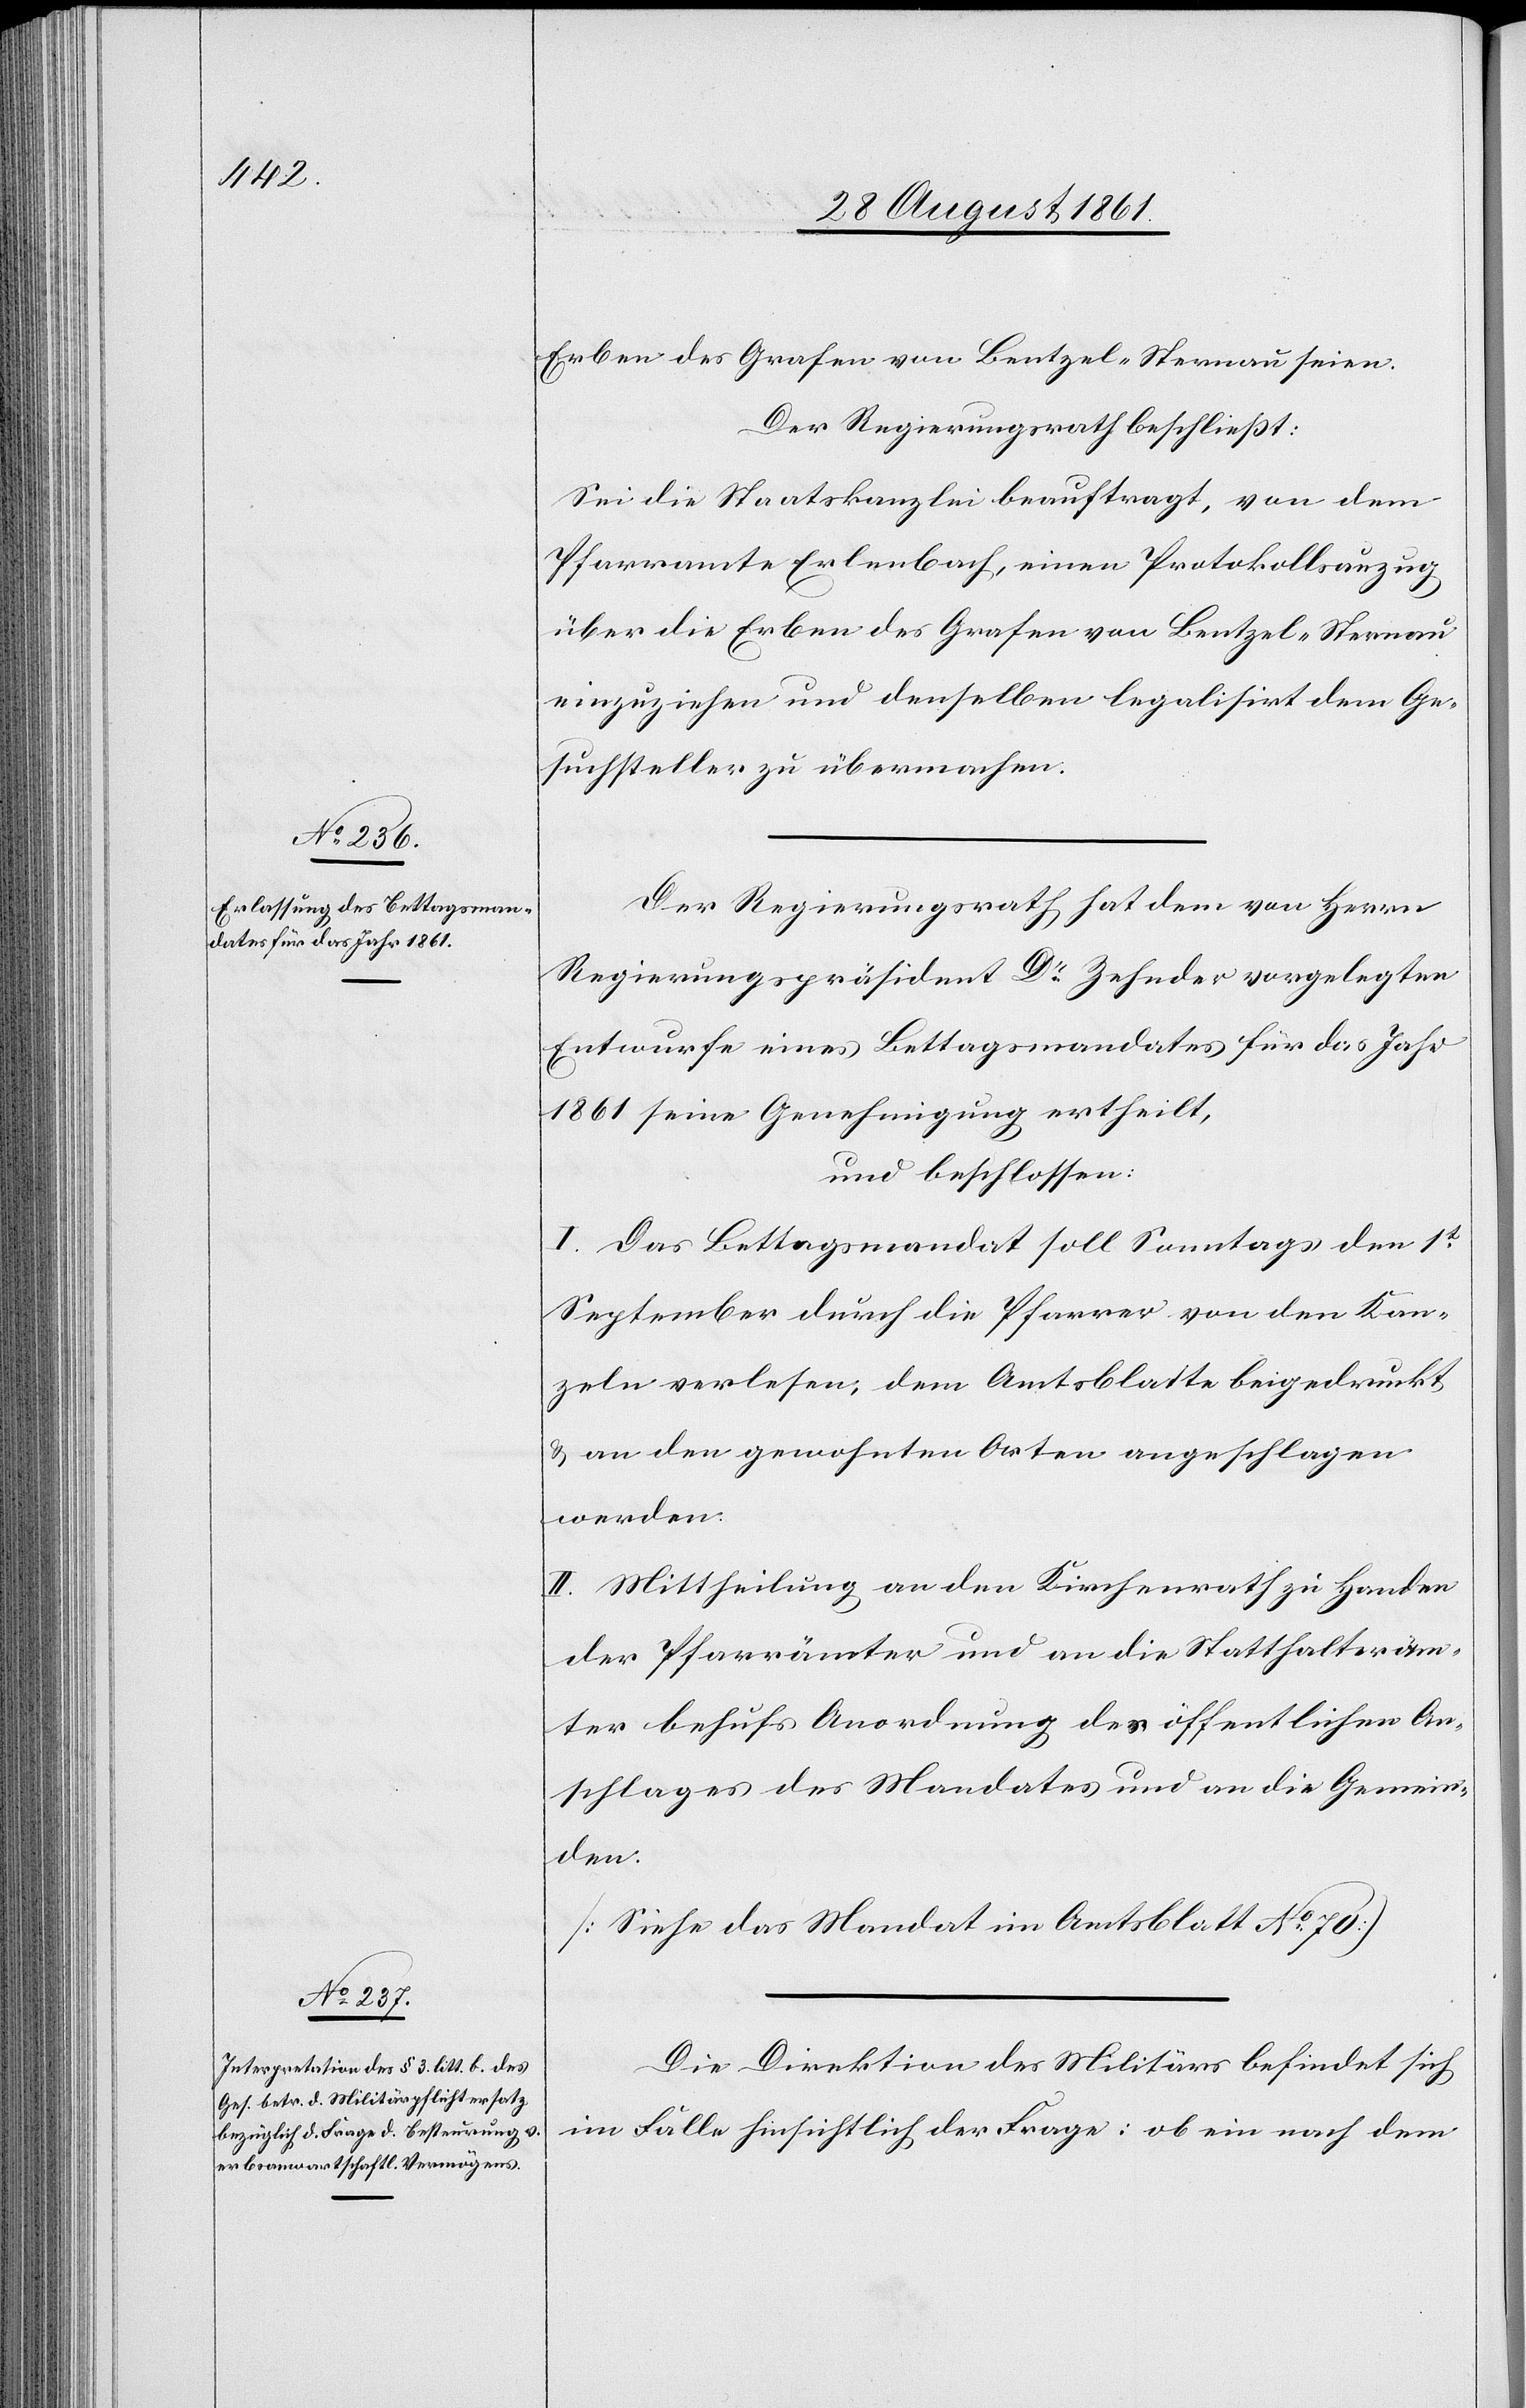
Erben des Grafen von Bentzel-Sternau seien.
Der Regierungsrath beschließt:
Sei die Staatskanzlei beauftragt, von dem
Pfarramte Erlenbach, einen Protokollsauszug
über die Erben des Grafen von Bentzel-Sternau
einzuziehen und denselben legalisirt dem Ge¬
suchsteller zu übermachen.
Der Regierungsrath hat dem von Herrn
Regierungspräsident Dr Zehnder vorgelegten
Entwurfe eines Bettagsmandates für das Jahr
1861 seine Genehmigung ertheilt,
und beschlossen:
I. Das Bettagsmandat soll Sonntags den 1t
September durch die Pfarrer von den Kan¬
zeln verlesen, dem Amtsblatte beigedruckt
u. an den gewohnten Orten angeschlagen
werden.
II. Mittheilung an den Kirchenrath zu Handen
der Pfarrämter und an die Statthalteräm¬
ter behufs Anordnung des öffentlichen An¬
schlages des Mandates und an die Gemein¬
den.
[Siehe das Mandat des Amtsblatt N° 70]
Die Direktion des Militärs befindet sich
im Falle hinsichtlich der Frage: ob ein nach dem